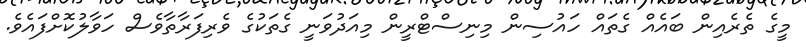
މީގެ ތެރެއިން ބައެއް ގެތައް ހައުސިން މިނިސްޓްރީން މިއަދުވަނީ ގެތަކުގެ ވެރިފަރާތާވެސް ހަވާލުކޮށްފައެވެ.